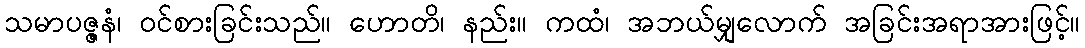
သမာပဇ္ဇနံ၊ ဝင်စားခြင်းသည်။ ဟောတိ၊ နည်း။ ကထံ၊ အဘယ်မျှလောက် အခြင်းအရာအားဖြင့်။